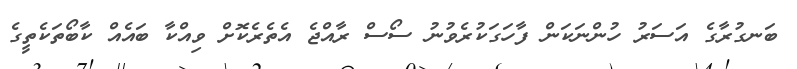
ބަނގުރާގެ އަސަރު ހުންނަކަން ފާހަގަކުރެވުނު ސޯސް ރާއްޖެ އެތެރެކޮށް ވިއްކާ ބައެއް ކާބޯތަކެތީގެ